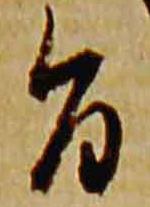
旨